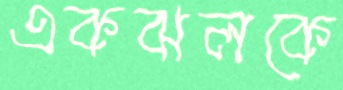
একঝলকে